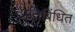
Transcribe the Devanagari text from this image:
प्रतिबिंधित